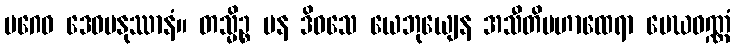
ပဂေဝ ဒေဝမနုဿာနံ။ တသ္မိဉ္စ ပန ဒိဝသေ ယေဘုယျေန အသီတိမဟာထေရာ မေဃဝဏ္ဏံ